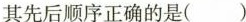
其先后顺序正确的是( )